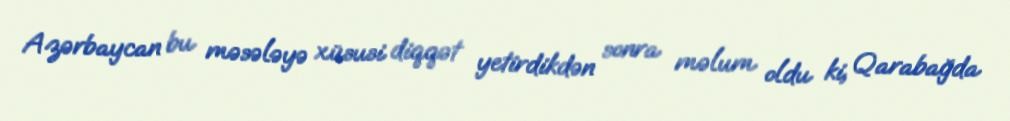
Azərbaycan bu məsələyə xüsusi diqqət yetirdikdən sonra məlum oldu ki, Qarabağda